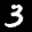
Label: 3